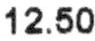
12.50